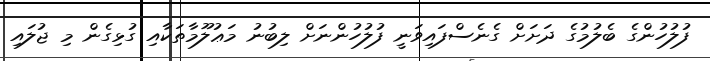
ފުލުހުންގެ ބެލުމުގެ ދަށަށް ގެނެސްފައިވަނީ ފުލުހުންނަށް ލިބުނު މަޢުލޫމާތަކާއި ގުޅިގެން މި ޖުލައި